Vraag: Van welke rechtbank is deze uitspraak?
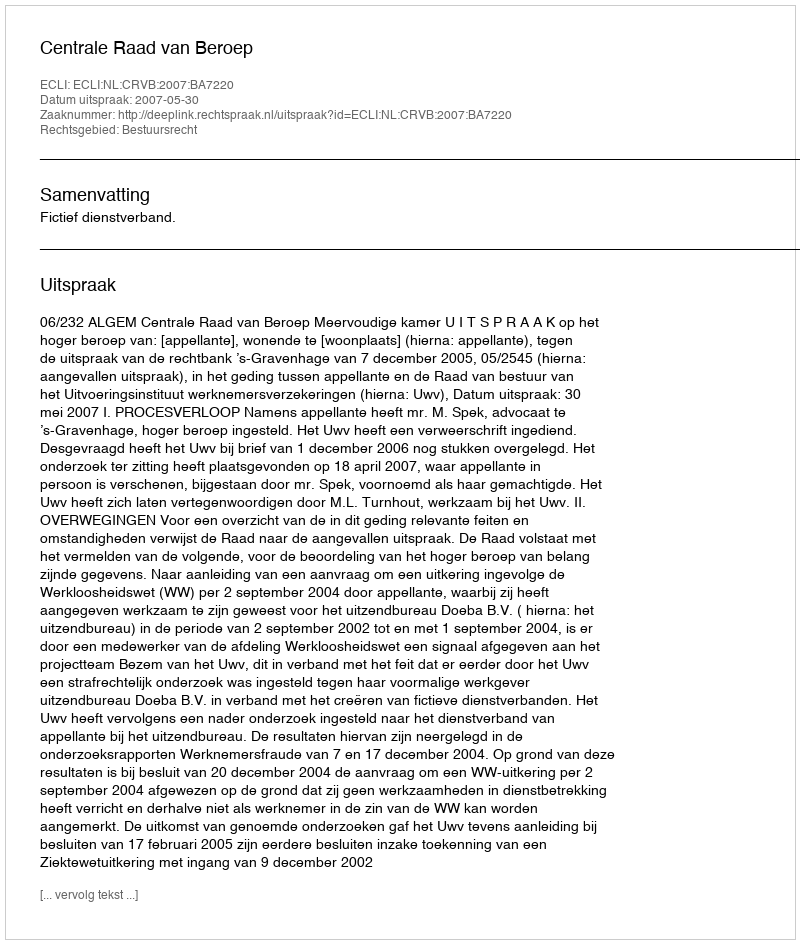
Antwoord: Centrale Raad van Beroep